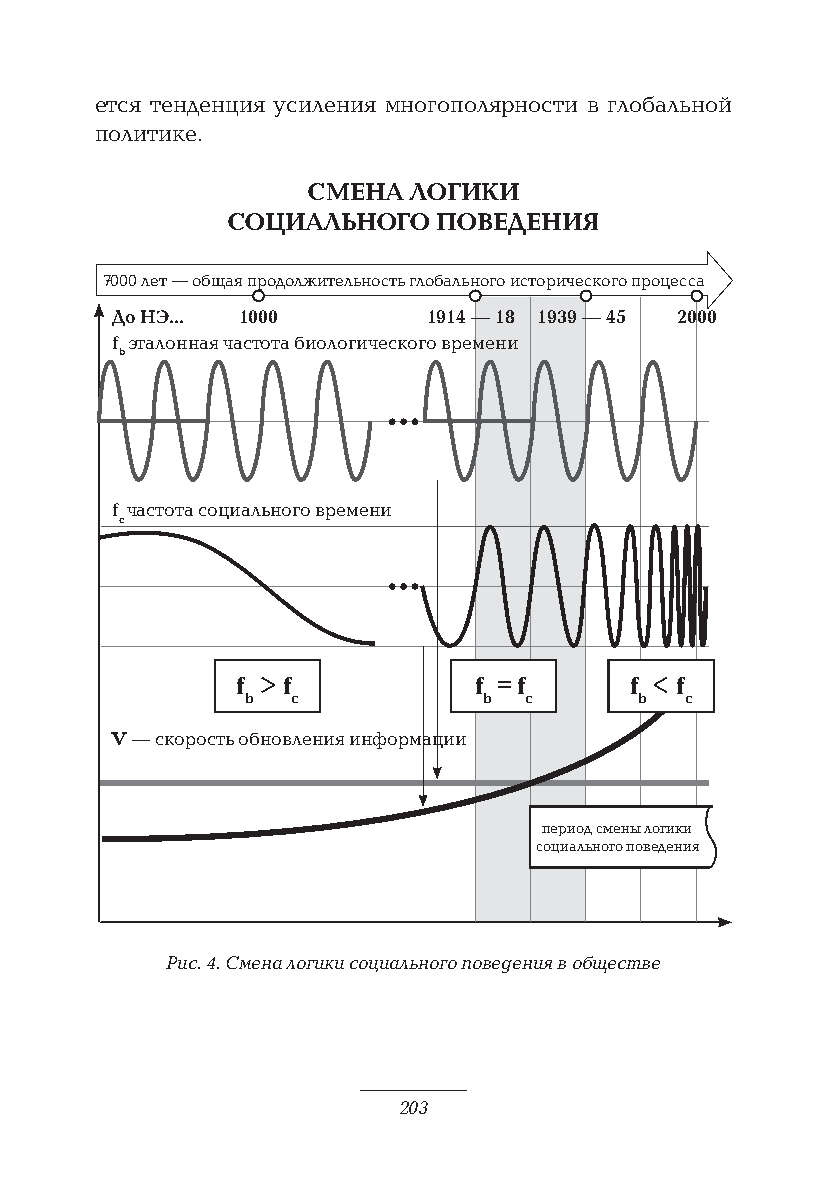
ется тенденция усиления многополярности в глобальной
 политике.
 СМЕНА  ЛОГИКИ
 СОЦИАЛЬНОГО   ПОВЕДЕНИЯ
 7000 лет — общая продолжительность глобального исторического процесса
 До НЭ... 1000        1914 — 18 1939 — 45 2000
 f эталонная частота биологического времени
 b
 f частота социального времени
 с
 f > f          f = f      f < f
 b  c            b  c      b  c
 V — скорость обновления информации
 период смены логики
 социального поведения
 Рис. 4. Смена логики социального поведения в обществе
 203